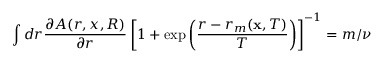
\int d r \frac { \partial A ( r , x , R ) } { \partial r } \left[ 1 + \exp \left( \frac { r - r _ { m } ( \mathbf x , T ) } { T } \right) \right] ^ { - 1 } = m / \nu